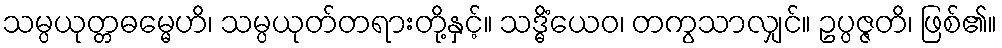
သမ္ပယုတ္တဓမ္မေဟိ၊ သမ္ပယုတ်တရားတို့နှင့်။ သဒ္ဓိံယေဝ၊ တကွသာလျှင်။ ဥပ္ပဇ္ဇတိ၊ ဖြစ်၏။